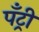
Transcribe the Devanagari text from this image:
पँट्री